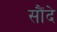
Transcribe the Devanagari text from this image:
सौंदे